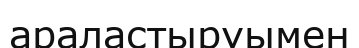
араластыруымен